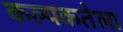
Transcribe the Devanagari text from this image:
कल्पकतेला